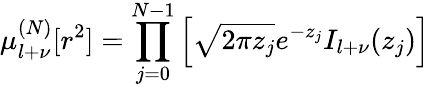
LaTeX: \mu_{l+\nu}^{(N)}[r^{2}]=\prod_{j=0}^{N-1}\left[\sqrt{2\pi z_{j}}e^{-z_{j}}I_{l+\nu}(z_{j})\right]\;